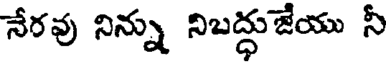
నేరవు నిన్ను నిబద్ధుజేయు నీ